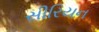
સીરિયન